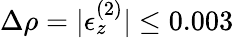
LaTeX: \Delta\rho=|\epsilon_{z}^{(2)}|\leq 0.003